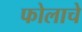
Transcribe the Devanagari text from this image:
फोलाचे